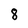
Character: 8